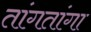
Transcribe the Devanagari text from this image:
तांगतांगा